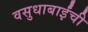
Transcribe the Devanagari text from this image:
वसुधाबाईंची